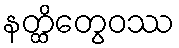
နတ္ထိတွေဝဿ